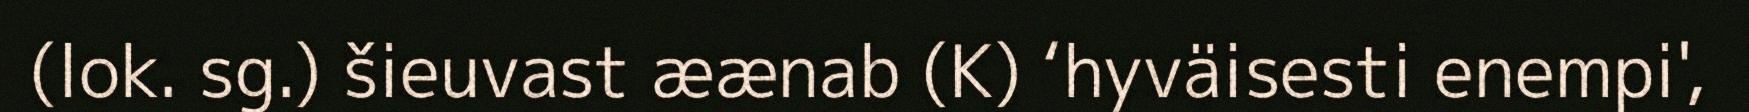
(lok. sg.) šieuvast æænab (K) ‘hyväisesti enempi',